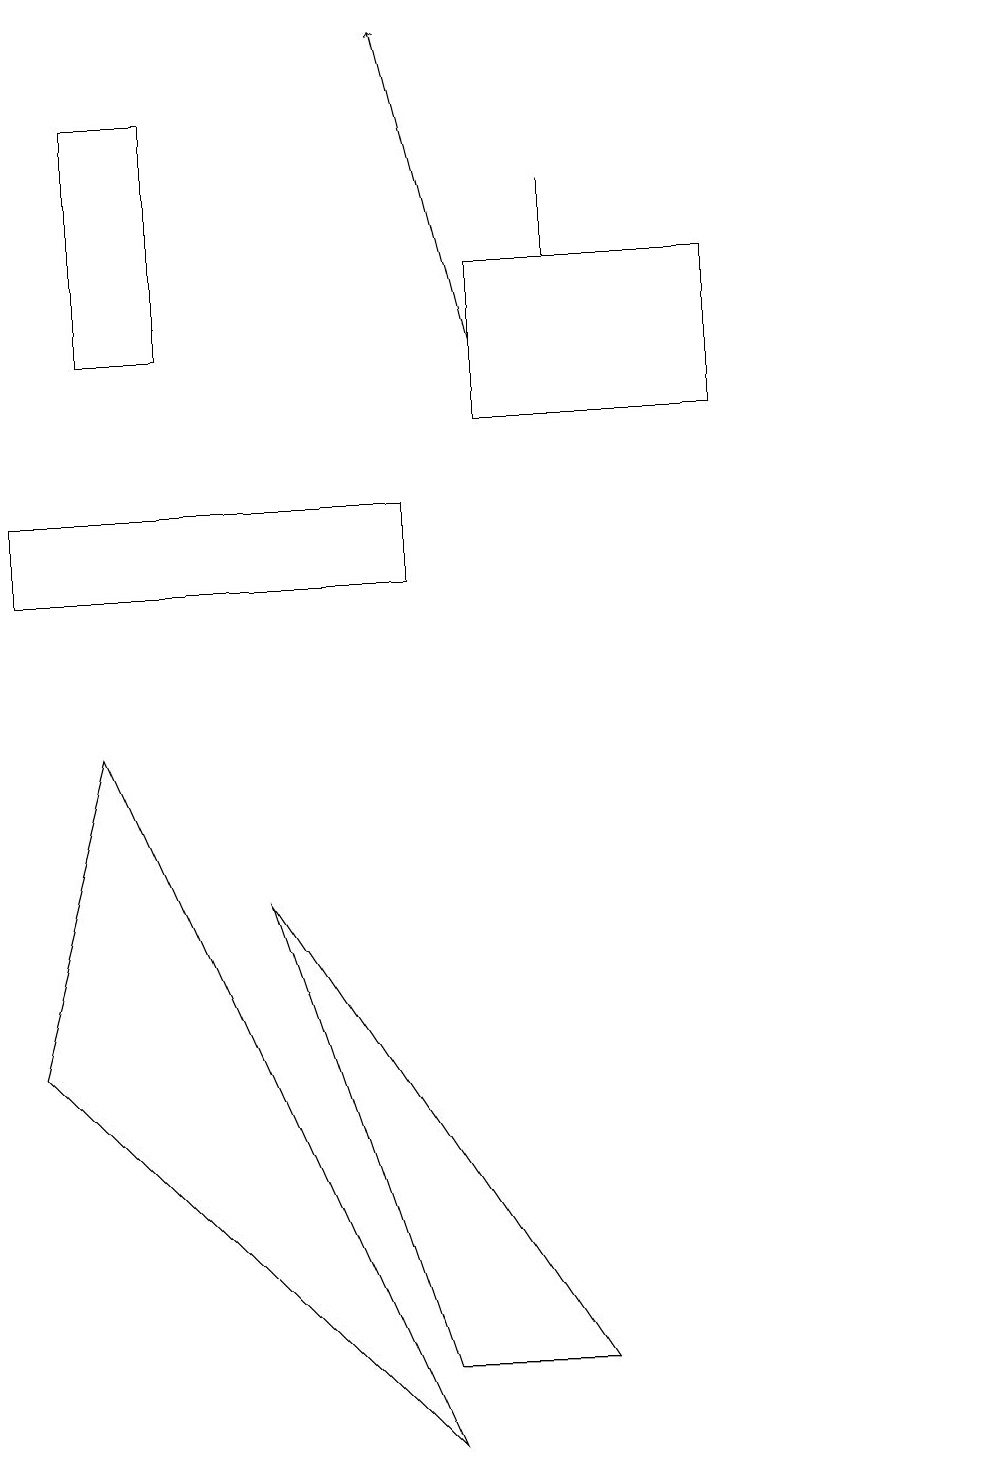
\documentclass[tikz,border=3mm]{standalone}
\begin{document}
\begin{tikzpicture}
\draw[->] (6,14) -- (5,18);
\draw (7,1) -- (5,1) -- (3,7) -- cycle;
\draw (5,12) rectangle (0,11);
\draw (2,17) rectangle (1,14);
\draw (7,15) rectangle (7,16);
\draw (6,13) rectangle (9,15);
\draw (12,10) circle (0);
\draw (0,5) -- (5,0) -- (1,9) -- cycle;
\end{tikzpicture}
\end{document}